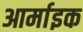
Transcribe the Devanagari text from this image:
आर्माइक